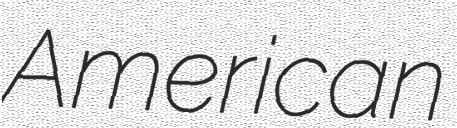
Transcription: American